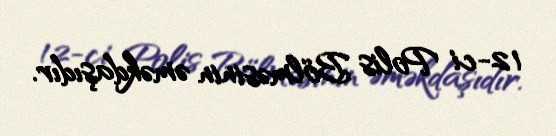
12-ci Polis Bölməsinin əməkdaşıdır.